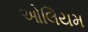
ઓલિયમ